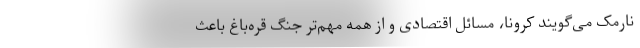
نارمک می‌گویند کرونا، مسائل اقتصادی و از همه مهم‌تر جنگ قره‌باغ باعث